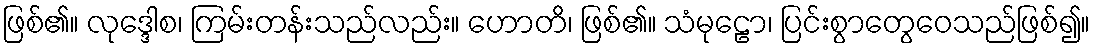
ဖြစ်၏။ လုဒ္ဒေါစ၊ ကြမ်းတန်းသည်လည်း။ ဟောတိ၊ ဖြစ်၏။ သံမုဠော၊ ပြင်းစွာတွေဝေသည်ဖြစ်၍။